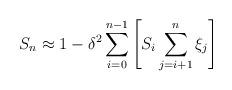
LaTeX: \begin{align*}S_{n}\approx 1-\delta ^{2}\sum_{i=0}^{n-1}\left[ S_{i}\sum\limits_{j=i+1}^{n}\xi _{j}\right] \end{align*}